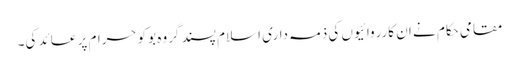
مقامی حکام نے ان کارروائیوں کی ذمہ داری اسلام پسند گروہ بوکو حرام پر عائد کی۔